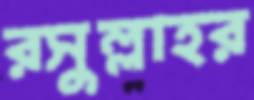
রসুল্লাহর